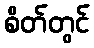
စိတ်တွင်